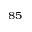
^ { 8 5 }